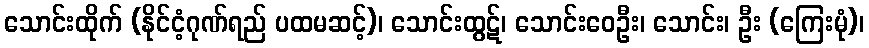
သောင်းထိုက် (နိုင်ငံ့ဂုဏ်ရည် ပထမဆင့်)၊ သောင်းထွဋ်၊ သောင်းဝေဦး၊ သောင်း၊ ဦး (ကြေးမုံ)၊